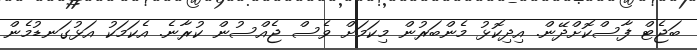
ބަޖެޓް ފާސްކޮށްދޭން. އިދިކޮޅު މެންބަރުން މިކަމަށް ވެސް ޖެއްސުން ކުރާނެ. އެކަމަކު އަޅުގަނޑުމެން